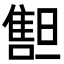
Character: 𠿲